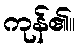
ကုန်၏။